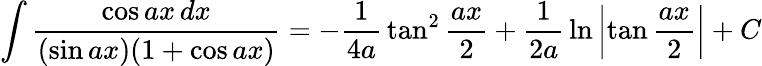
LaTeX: \int{\frac{\cos ax\, dx}{(\sin ax)(1+\cos ax)}}=-{\frac{1}{4a}}\tan^{2}{\frac{ax}{2}}+{\frac{1}{2a}}\ln\left|\tan{\frac{ax}{2}}\right|+C